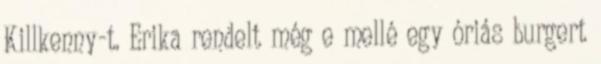
Killkenny-t. Erika rendelt még e mellé egy óriás burgert